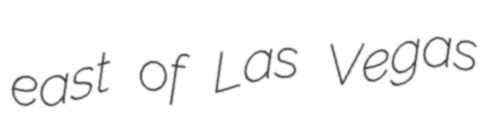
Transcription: east of Las Vegas